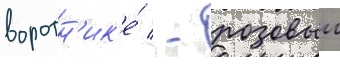
воротн'ик'е́ / - розовыи